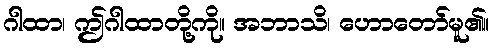
ဂါထာ၊ ဤဂါထာတို့ကို။ အဘာသိ၊ ဟောတော်မူ၏။